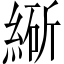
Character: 𬗩